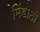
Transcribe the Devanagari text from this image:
मिंडानो